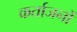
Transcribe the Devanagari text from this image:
कर्ताजनों